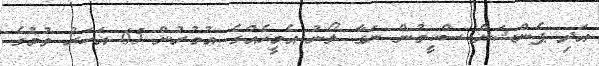
އަދި ޕެންޝަން ސްކީމުން ނަގާ ލޯނު އެމީހެއްގެ އުމުރުން 65 އަހަރު ވުމުގެ